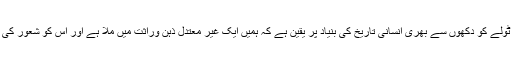
مصنف Eckhart Tolle ایکھرٹ ٹولے کو دکھوں سے بھری انسانی تاریخ کی بنیاد پر یقین ہے کہ ہمیں ایک غیر معتدل ذہن وراثت میں ملا ہے اور اس کو شعور کی منزل کے ارتقاء کی ضرورت ہے۔